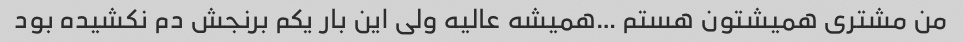
من مشتری همیشتون هستم …همیشه عالیه ولی این بار یکم برنجش دم نکشیده بود